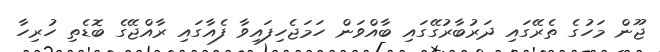
ޖޫން މަހުގެ ތެރޭގައި ދަރުބާރުގޭގައި ބާއްވަން ހަމަޖެހިފައިވާ ފެއާގައި ރާއްޖޭގެ ބޮޑެތި ހުރިހާ